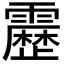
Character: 𮦷